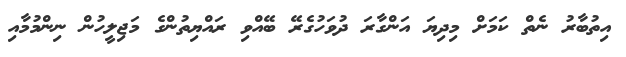
އިތުބާރު ނެތް ކަމަށް މިދިޔަ އަންގާރަ ދުވަހުގެރޭ ބޭއްވި ރައްޔިތުންގެ މަޖިލީހުން ނިންމުމާއި